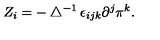
Z _ { i } = - \bigtriangleup ^ { - 1 } \epsilon _ { i j k } \partial ^ { j } \pi ^ { k } .